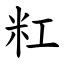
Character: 䉺